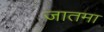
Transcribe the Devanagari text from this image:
जातमा